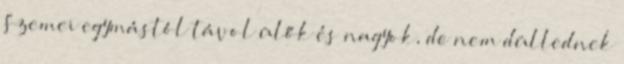
Szemei egymástól távol ülők és nagyok, de nem düllednek